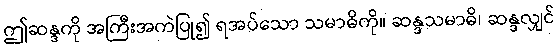
ဤဆန္ဒကို အကြီးအကဲပြု၍ ရအပ်သော သမာဓိကို။ ဆန္ဒသမာဓိ၊ ဆန္ဒလျှင်